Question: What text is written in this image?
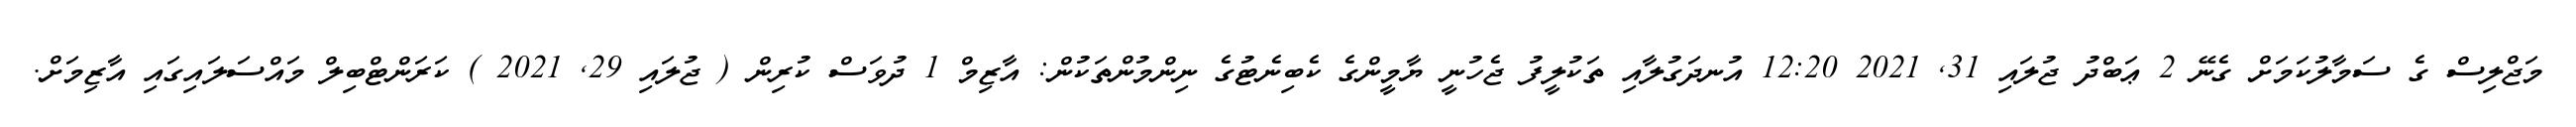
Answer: މަޖްލިސް ގެ ސަމާލުކަމަށް ގެނޭ 2 ޢަބްދު ޖުލައި 31, 2021 12:20 އުނދަގުލާއި ތަކުލީފު ޖެހުނީ ޔާމީންގެ ކެބިނެޓުގެ ނިންމުންތަކުން: އާޒިމް 1 ދުވަސް ކުރިން ( ޖުލައި 29, 2021 ) ކަރަންޓްބިލް މައްސަލައިގައި އާޒިމަށް.